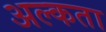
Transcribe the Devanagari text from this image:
अल्कता